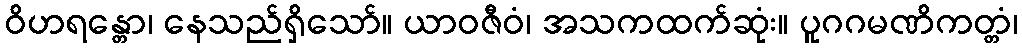
ဝိဟရန္တော၊ နေသည်ရှိသော်။ ယာဝဇီဝံ၊ အသကထက်ဆုံး။ ပူဂဂမဏိကတ္တံ၊